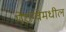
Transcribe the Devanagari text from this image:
पेराग्वेमधील